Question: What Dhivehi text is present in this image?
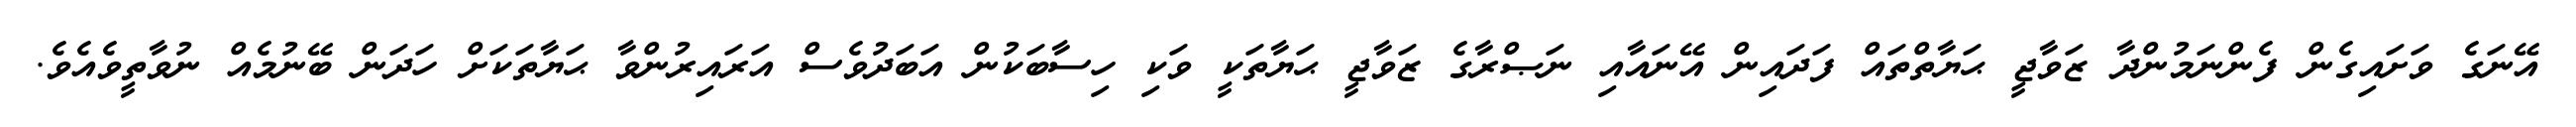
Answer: އޭނަގެ ވަށައިގެން ފެންނަމުންދާ ޒަވާޖީ ޙަޔާތްތައް ފަދައިން އޭނައާއި ނަޞްރާގެ ޒަވާޖީ ޙަޔާތަކީ ވަކި ހިސާބަކުން އަބަދުވެސް އަރައިރުންވާ ޙަޔާތަކަށް ހަދަން ބޭނުމެއް ނުވާތީވެއެވެ.